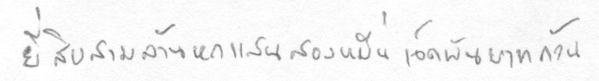
ยี่สิบสามล้านหกแสนสองหมื่นเจ็ดพันบาทถ้วน